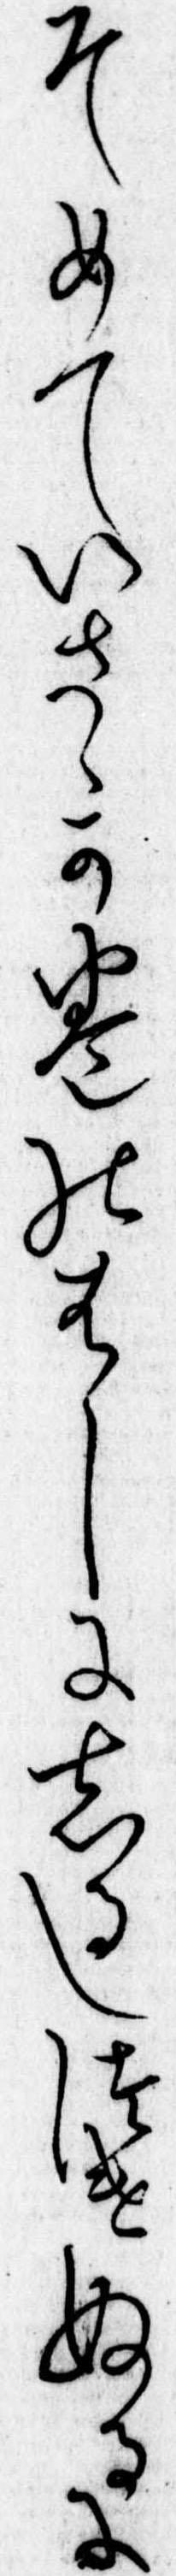
そめていさゝか巻のはしにしるしつけぬるに